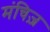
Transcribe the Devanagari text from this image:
मंचिज़